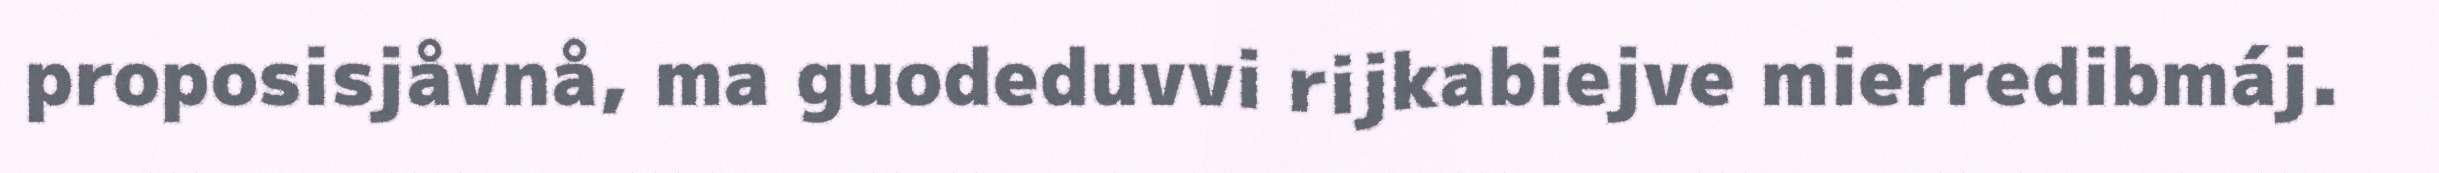
proposisjåvnå, ma guodeduvvi rijkabiejve mierredibmáj.